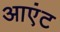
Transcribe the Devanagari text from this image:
आएंट